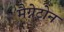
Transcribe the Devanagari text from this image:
मैग्नेट्रोन